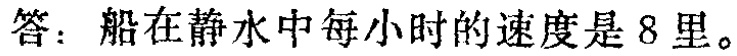
答：船在静水中每小时的速度是 8 里。